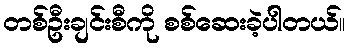
တစ်ဦးချင်းစီကို စစ်ဆေးခဲ့ပါတယ်။